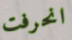
انحرفت